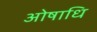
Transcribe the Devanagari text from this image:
ओषाधि